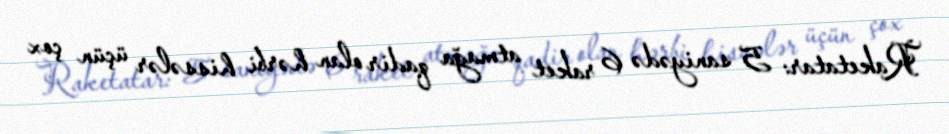
Raketatar: 5 saniyədə 6 raket atmağa qadir olan hərbi hissələr üçün çox